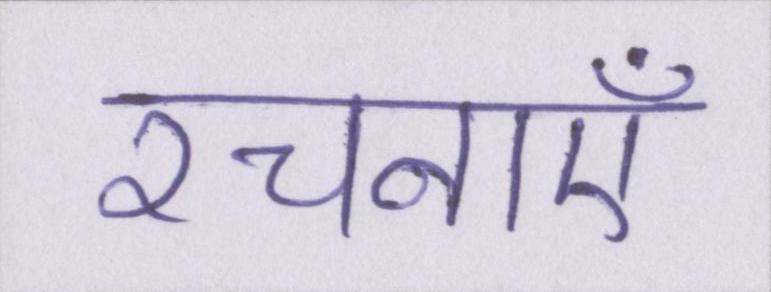
रचनाएँ